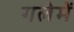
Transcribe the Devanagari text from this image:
गलेमें